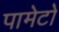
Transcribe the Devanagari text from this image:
पामेटो